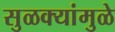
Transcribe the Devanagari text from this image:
सुळक्यांमुळे